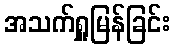
အသက်ရှူမြန်ခြင်း